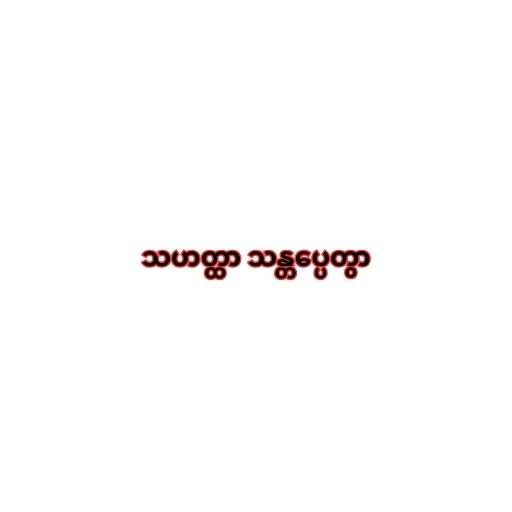
သဟတ္ထာ သန္တပ္ပေတွာ